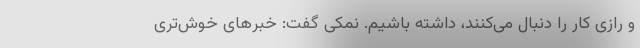
و رازی کار را دنبال می‌کنند، داشته باشیم. نمکی گفت: خبرهای خوش‌تری